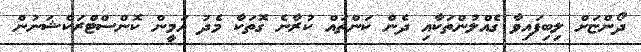
ދޯންޏަށް ލިބިފައިވާ ގެއްލުންތަކާއި ދެން ކަންތައް ކުރާނެ ގޮތަކާ މެދު އަމީން ކޮންސްޓްރަކްޝަނުން